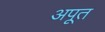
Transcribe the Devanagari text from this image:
अपूत